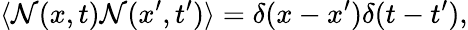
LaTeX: \langle\mathcal{N}(x,t)\mathcal{N}(x^{\prime},t^{\prime})\rangle=\delta(x-x^{\prime})\delta(t-t^{\prime}),